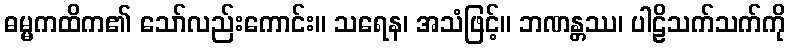
ဓမ္မကထိက၏ သော်လည်းကောင်း။ သရေန၊ အသံဖြင့်။ ဘဏန္တဿ၊ ပါဠိသက်သက်ကို